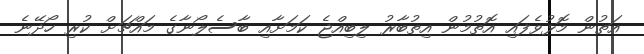
އަތުން މޮޅުވެފައި އޮތުމުން އިތުބާރު ލިބިއްޖެ ކަމަށާއި ބާސެލޯނާގެ މައްޗަށް ކުރި ހޯދޭނެ